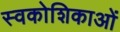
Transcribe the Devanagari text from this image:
स्वकोशिकाओं